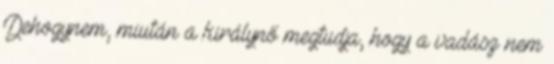
Dehogynem, miután a királynő megtudja, hogy a vadász nem